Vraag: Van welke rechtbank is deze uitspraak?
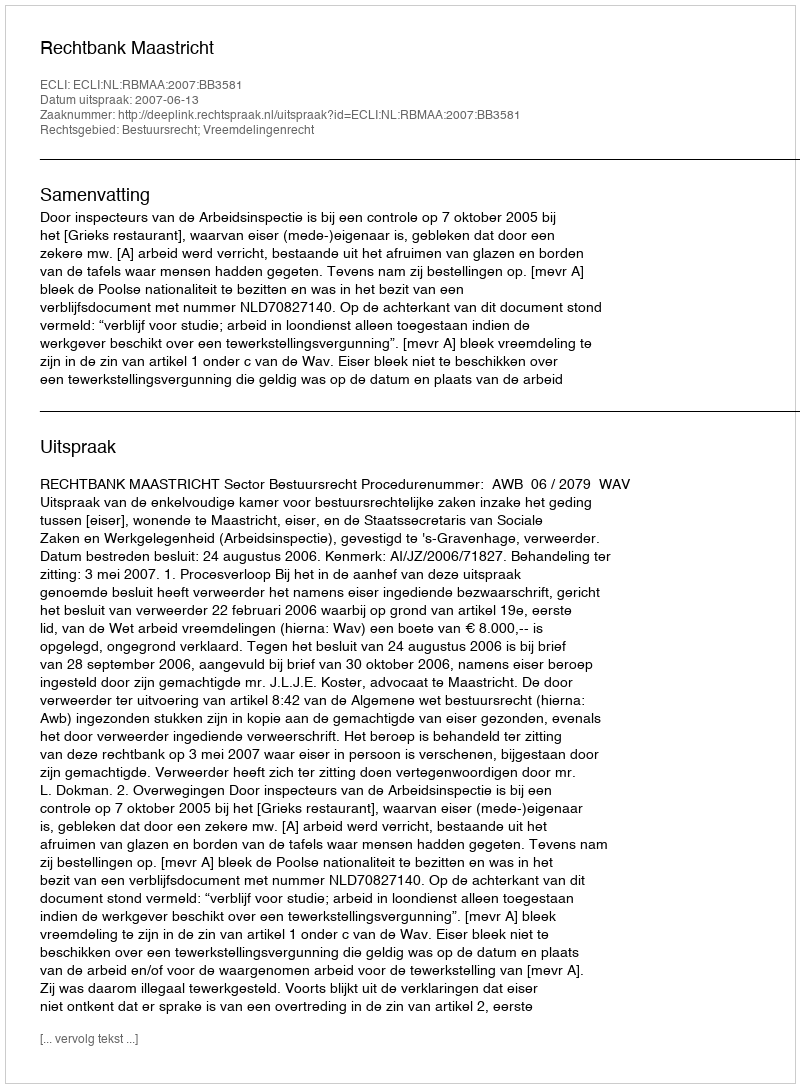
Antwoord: Rechtbank Maastricht